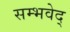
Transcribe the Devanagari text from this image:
सम्भवेद्